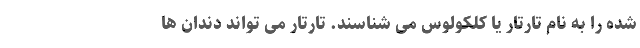
شده را به نام تارتار یا کلکولوس می شناسند. تارتار می تواند دندان ها